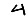
Digit: 4